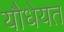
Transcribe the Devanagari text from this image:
यौधेयत